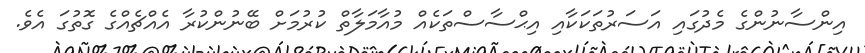
އިންސާނުންގެ މެދުގައި އަސަރުތަކަކާއި އިޙްސާސްތަކެއް މުއާމަލާތް ކުރުމަށް ބޭނުންކުރާ އެއްޗެއްގެ ގޮތުގަ އެވެ.